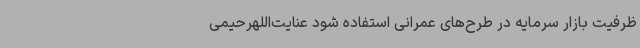
ظرفیت بازار سرمایه در طرح‌های عمرانی استفاده شود عنایت‌اللهرحیمی